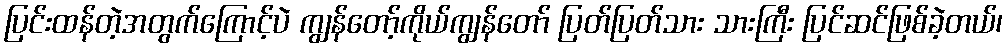
ပြင်းထန်တဲ့အတွက်ကြောင့်ပဲ ကျွန်တော့်ကိုယ်ကျွန်တော် ပြတ်ပြတ်သား သားကြီး ပြင်ဆင်ဖြစ်ခဲ့တယ်၊